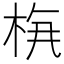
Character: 𱣔